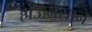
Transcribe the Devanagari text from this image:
होऊनशान